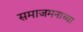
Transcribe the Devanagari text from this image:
समाजमनाच्या